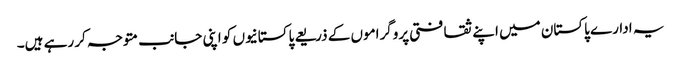
یہ ادارے پاکستان میں اپنے ثقافتی پروگراموں کے ذریعے پاکستانیوں کو اپنی جانب متوجہ کر رہے ہیں۔